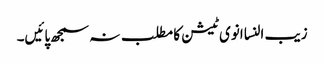
زیب النسا انوی ٹیشن کا مطلب نہ سمجھ پائیں۔